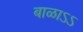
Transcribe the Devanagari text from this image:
बाळाऽऽ